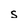
Character: s